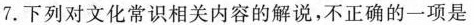
7. 下列对文化常识相关内容的解说，不正确的一项是